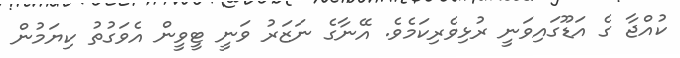
ކުއްޖާ ގެ އަޑޫގައިވަނީ ރުޅިވެރިކަމެވެ. އޭނާގެ ނަޒަރު ވަނީ ޓީވީން އެވަގުތު ކިޔަމުން